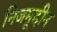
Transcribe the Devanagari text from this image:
निजमूद्दीन